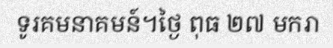
ទូរគមនាគមន៍។ថ្ងៃ ពុធ ២៧ មករា